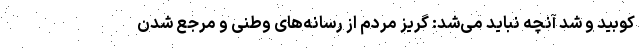
کوبید و شد آنچه نباید می‌شد: گریز مردم از رسانه‌های وطنی و مرجع شدن